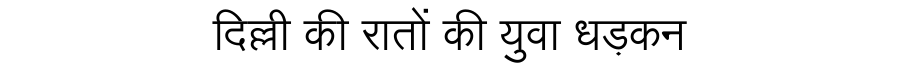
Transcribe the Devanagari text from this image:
दिल्ली की रातों की युवा धड़कन